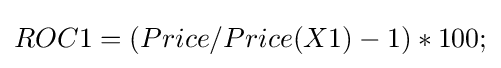
ROC1=(Price/Price(X1)-1)*100;